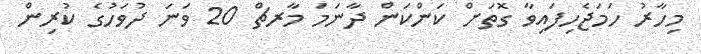
މިހާރު ހަމަޖެހިފައިވާ ގޮތަށް ކަންކަން ދާނަމަ މާރޗް 20 ވަނަ ދުވަހުގެ ކުރިން